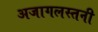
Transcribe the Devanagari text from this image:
अजागलस्तनी